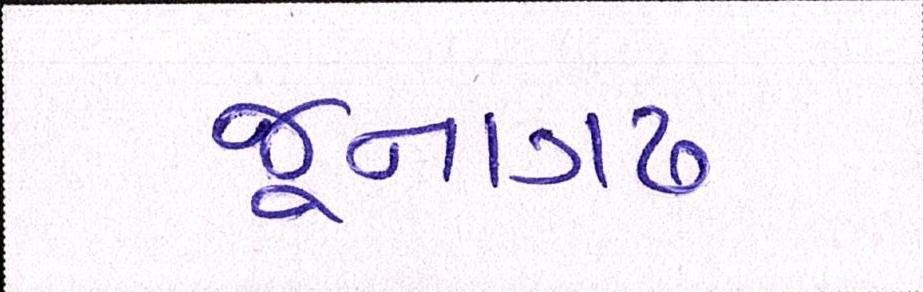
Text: જૂનાગઢ